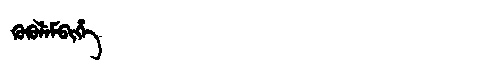
Manchu: ᡴᡠᡴᡠᠯᡝᠮᠪᡳᡥᡝ
Romanization: KUKULEMBIHE